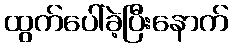
ထွက်ပေါ်ခဲ့ပြီးနောက်